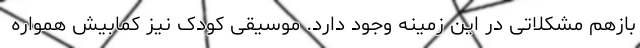
بازهم مشکلاتی در این زمینه وجود دارد. موسیقی کودک نیز کمابیش همواره